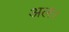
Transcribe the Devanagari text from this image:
अल।